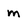
Character: m